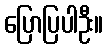
ပြောပြပါဦး။